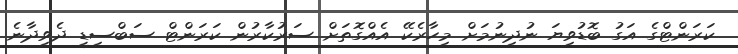
ކަރަންޓްގެ އަގު ބޮޑުވިޔަ ނުދިނުމަށް މިހާރެކޭ އެއްގޮތަށް ސަރުކާރުން ކަރަންޓް ސަބްސިޑީ ދެވިދާނެ